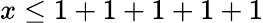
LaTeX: x\leq 1+1+1+1+1